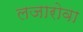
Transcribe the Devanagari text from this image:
लजारोवा